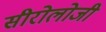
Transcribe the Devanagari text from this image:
सीरोलोजी